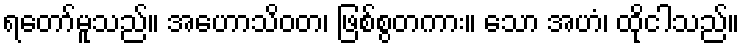
ရတော်မူသည်။ အဟောသိဝတ၊ ဖြစ်စွတကား။ သော အဟံ၊ ထိုငါသည်။